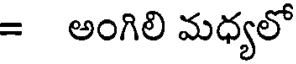
= అంగిలి మధ్యలో